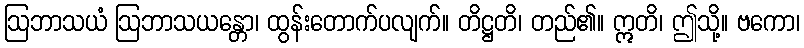
ဩဘာသယံ ဩဘာသယန္တော၊ ထွန်းတောက်ပလျက်။ တိဋ္ဌတိ၊ တည်၏။ ဣတိ၊ ဤသို့။ ဗကော၊